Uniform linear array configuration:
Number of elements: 32
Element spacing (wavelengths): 1
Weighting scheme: kaiser
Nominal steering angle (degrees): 15
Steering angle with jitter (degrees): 13.398
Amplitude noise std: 0.05
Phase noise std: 0.05

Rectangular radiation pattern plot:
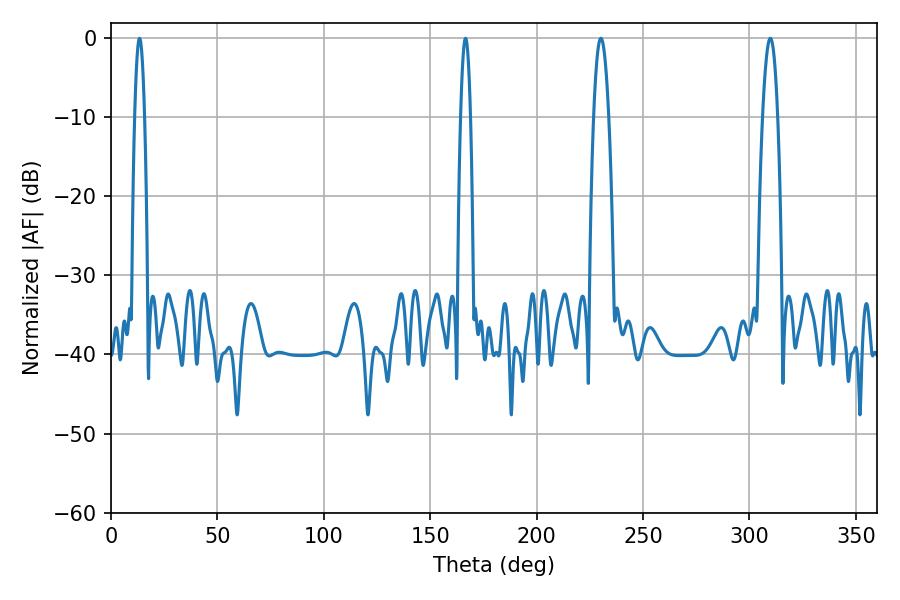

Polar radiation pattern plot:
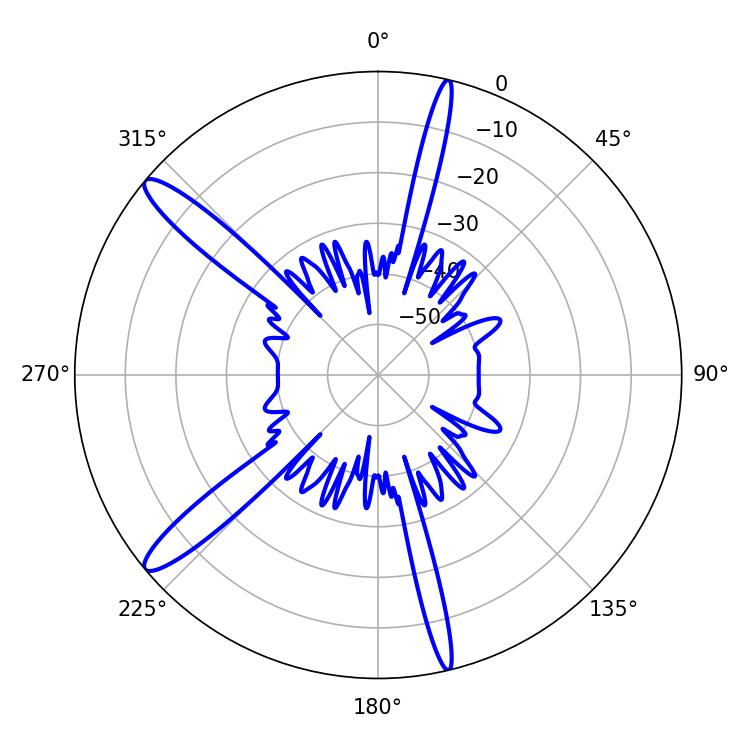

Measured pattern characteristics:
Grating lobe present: TRUE
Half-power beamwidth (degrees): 3.96
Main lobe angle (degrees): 309.78